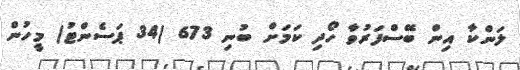
ލަންކާ އިން ބޭސްފަރުވާ ހޯދި ކަމަށް ބުނި 673 (34 ޕަސެންޓު) މީހުން